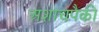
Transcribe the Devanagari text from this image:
अशाचपैकी